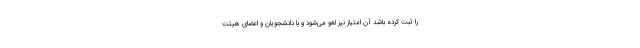
را ثبت کرده باشد آن امتیاز نیز لغو می‌شود و با دانشجویان و اعضای هیئت